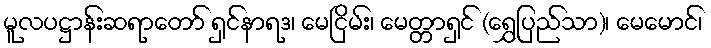
မူလပဋ္ဌာန်းဆရာတော် ရှင်နာရဒ၊ မေငြိမ်း၊ မေတ္တာရှင် (ရွှေပြည်သာ)၊ မေမောင်၊